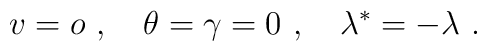
v=o\ ,\quad \theta = \gamma = 0\ ,\quad \lambda^* =-\lambda \ .